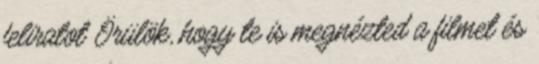
feliratot Örülök, hogy te is megnézted a filmet és